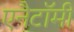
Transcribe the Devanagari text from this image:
एनैटॉमी